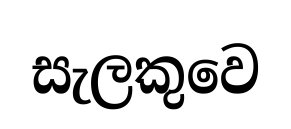
සැලකුවෙ